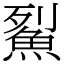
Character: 鮤